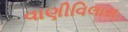
વાણીવિલાસ